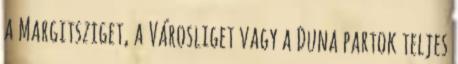
a Margitsziget, a Városliget vagy a Duna partok teljes